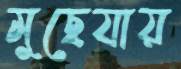
মুছেযায়